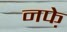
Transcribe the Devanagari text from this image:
नफे़